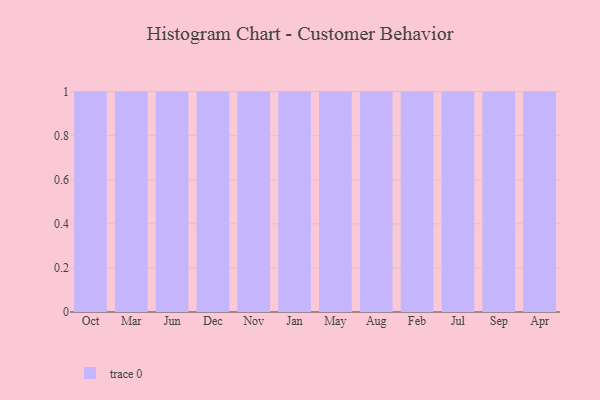
{"axis": {"x": "Month", "y": "Net Income (USD K)"}, "legend": [""], "data": [{"x": "Oct", "y": 79, "type": ""}, {"x": "Mar", "y": 66, "type": ""}, {"x": "Jun", "y": 81, "type": ""}, {"x": "Dec", "y": 64, "type": ""}, {"x": "Nov", "y": 20, "type": ""}, {"x": "Jan", "y": 79, "type": ""}, {"x": "May", "y": 15, "type": ""}, {"x": "Aug", "y": 78, "type": ""}, {"x": "Feb", "y": 64, "type": ""}, {"x": "Jul", "y": 87, "type": ""}, {"x": "Sep", "y": 89, "type": ""}, {"x": "Apr", "y": 62, "type": ""}]}